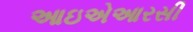
આઇએઆરસી